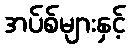
အပ်စ်များနှင့်